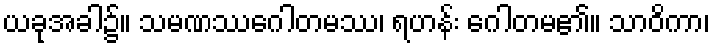
ယခုအခါ၌။ သမဏဿဂေါတမဿ၊ ရဟန်း ဂေါတမ၏။ သာဝိကာ၊